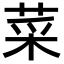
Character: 菜